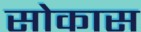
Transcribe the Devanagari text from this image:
सोकास